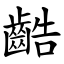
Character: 䶜